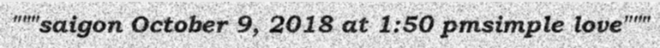
"""saigon October 9, 2018 at 1:50 pmsimple love"""